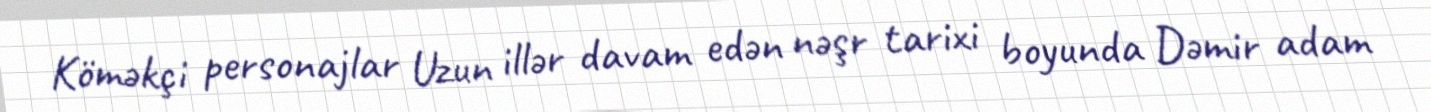
Köməkçi personajlar Uzun illər davam edən nəşr tarixi boyunda Dəmir adam